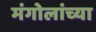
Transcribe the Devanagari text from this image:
मंगोलांच्या